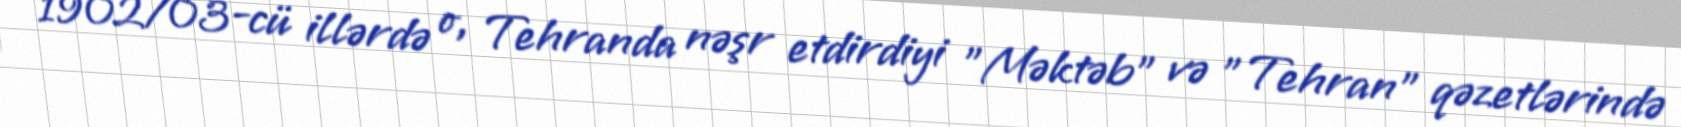
1902/03-cü illərdə o, Tehranda nəşr etdirdiyi "Məktəb" və "Tehran" qəzetlərində